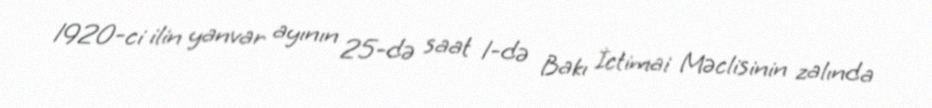
1920-ci ilin yanvar ayının 25-də saat 1-də Bakı İctimai Məclisinin zalında